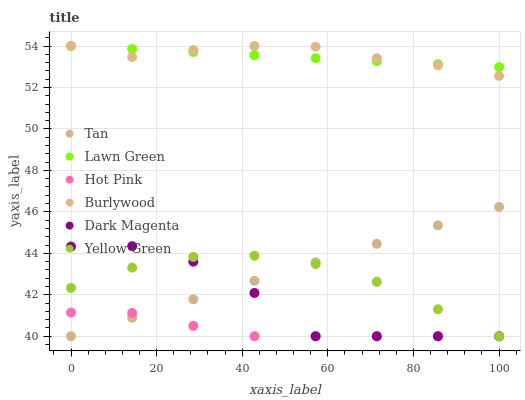
| xaxis_label | Tan | Lawn Green | Hot Pink | Burlywood | Dark Magenta | Yellow Green |
 | --- | --- | --- | --- | --- | --- | --- |
 | 0 | 40 | 54 | 41.1 | 54 | 44.3 | 42.3 |
 | 14.3 | 40.9 | 53.9 | 41.1 | 53.5 | 44.3 | 43.3 |
 | 28.6 | 41.8 | 53.7 | 40.5 | 53.8 | 43.6 | 43.8 |
 | 42.9 | 42.7 | 53.6 | 40 | 54 | 42.1 | 43.9 |
 | 57.1 | 43.6 | 53.4 | 40 | 54 | 40 | 43.5 |
 | 71.4 | 44.5 | 53.3 | 40 | 53.4 | 40 | 42.6 |
 | 85.7 | 45.3 | 53.1 | 40 | 53.1 | 40 | 41.3 |
 | 100 | 46.2 | 53 | 40 | 52.6 | 40 | 40 |